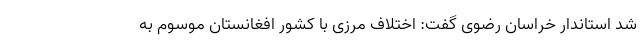
شد استاندار خراسان رضوی گفت: اختلاف مرزی با کشور افغانستان موسوم به